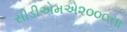
સીડીએમએ૨૦૦૦ના